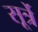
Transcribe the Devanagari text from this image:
सूर्त्रे